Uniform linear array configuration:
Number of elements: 4
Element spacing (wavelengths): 0.5
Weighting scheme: blackman
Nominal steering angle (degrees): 30
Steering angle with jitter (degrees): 31.868
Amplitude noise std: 0.05
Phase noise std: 0.05

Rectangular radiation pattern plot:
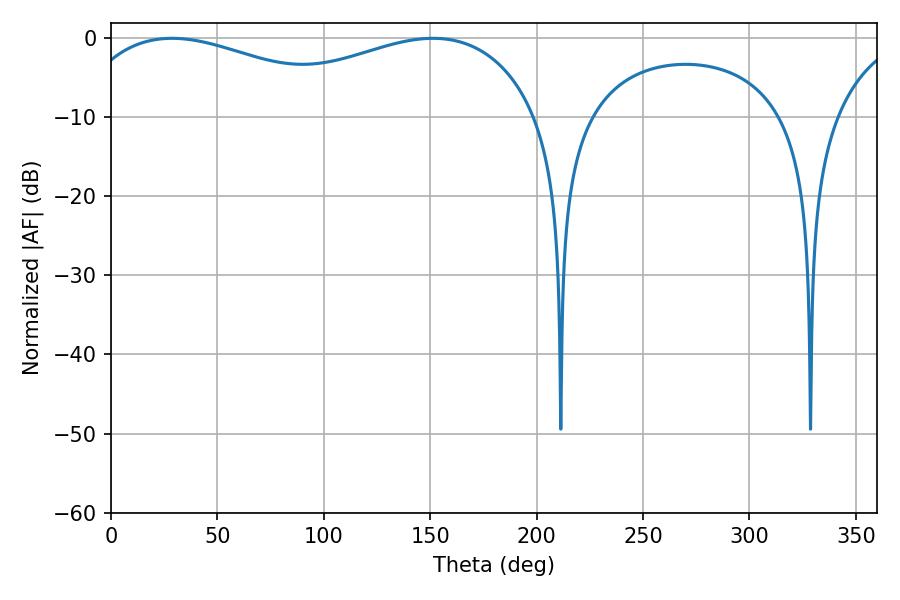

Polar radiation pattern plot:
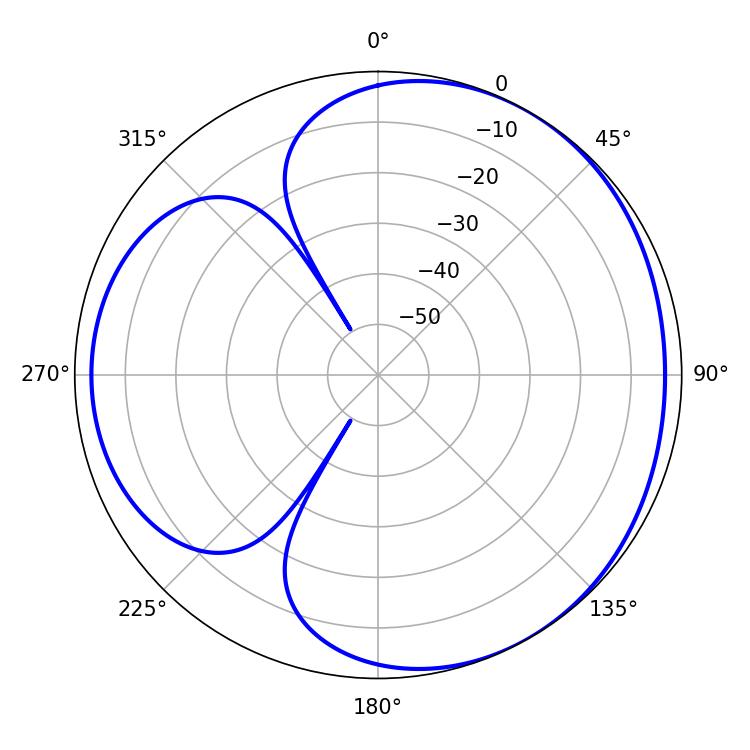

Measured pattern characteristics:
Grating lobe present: FALSE
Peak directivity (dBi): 3.505
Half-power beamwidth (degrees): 78.48
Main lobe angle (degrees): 28.62